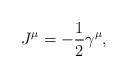
LaTeX: \begin{align*}J^{\mu}=-\frac{1}{2}\gamma^{\mu},\end{align*}